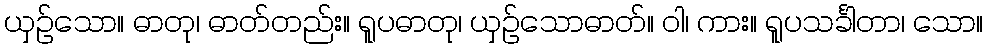
ယှဉ်သော။ ဓာတု၊ ဓာတ်တည်း။ ရူပဓာတု၊ ယှဉ်သောဓာတ်။ ဝါ၊ ကား။ ရူပသင်္ခါတာ၊ သော။